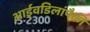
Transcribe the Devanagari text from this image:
आईवडिलांपैकी